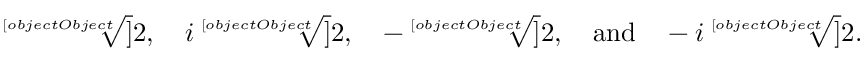
{ \sqrt [ [object Object] ] { 2 } } , \quad i { \sqrt [ [object Object] ] { 2 } } , \quad - { \sqrt [ [object Object] ] { 2 } } , \quad { \mathrm { a n d } } \quad - i { \sqrt [ [object Object] ] { 2 } } .